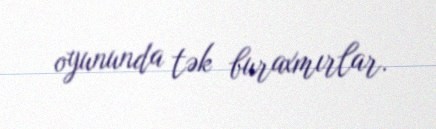
oyununda tək buraxmırlar.